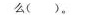
么( )，